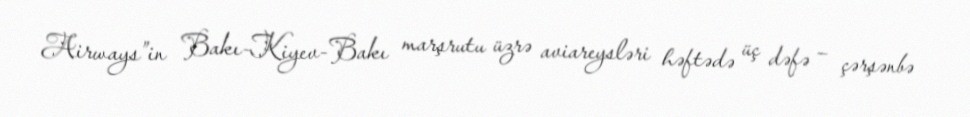
Airways”in Bakı-Kiyev-Bakı marşrutu üzrə aviareysləri həftədə üç dəfə − çərşənbə